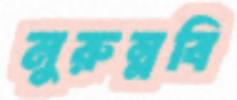
নুরুন্নবি